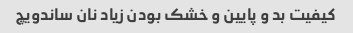
کیفیت بد و پایین و خشک بودن زیاد نان ساندویچ